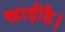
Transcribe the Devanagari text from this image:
खाड़ीहै।